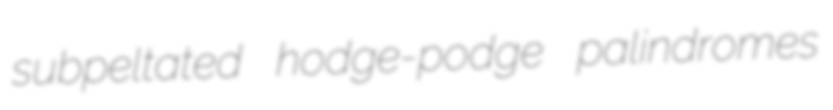
subpeltated hodge-podge palindromes